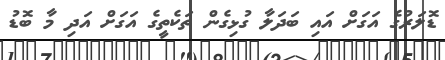
ޑޮލަރުގެ އަގަށް އައި ބަދަލާ ގުޅިގެން ތަކެތީގެ އަގަށް އަދި މާ ބޮޑު